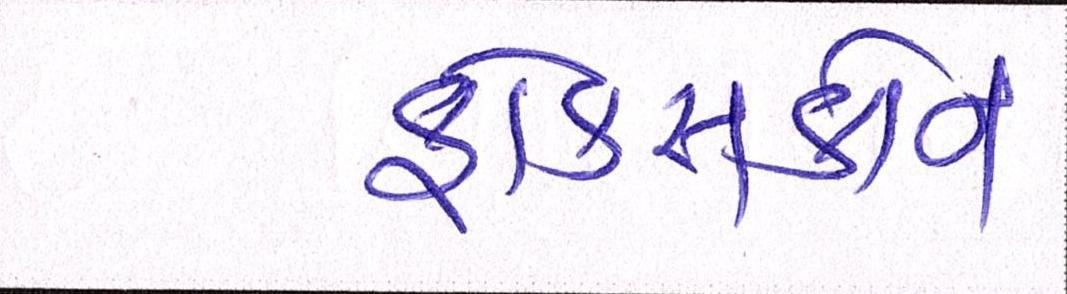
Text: ફોક્સકોન